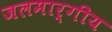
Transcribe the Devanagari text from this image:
जलमार्गीय